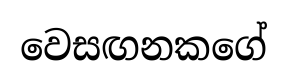
වෙසඟනකගේ